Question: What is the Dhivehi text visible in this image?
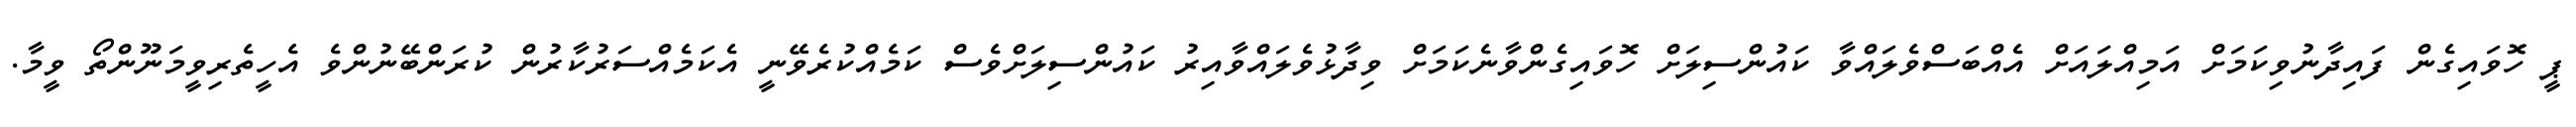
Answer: ޕީ ހޮވައިގެން ފައިދާނުވިކަމަށް އަމިއްލައަށް އެއްބަސްވެލައްވާ ކައުންސިލަށް ހޮވައިގެންވާނެކަމަށް ވިދާޅުވެލައްވާއިރު ކައުންސިލަށްވެސް ކަމެއްކުރެވޭނީ އެކަމެއްސަރުކާރުން ކުރަންބޭނުންވެ އެހީތެރިވީމަނޫންތޯ ވީމާ.